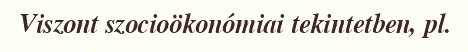
Viszont szocioökonómiai tekintetben, pl.